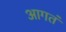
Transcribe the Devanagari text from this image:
आगतं